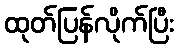
ထုတ်ပြန်လိုက်ပြီး